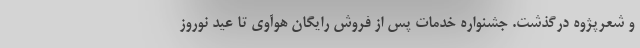
و شعرپژوه درگذشت. جشنواره خدمات پس از فروش رایگان هوآوی تا عید نوروز